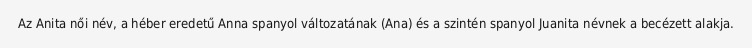
Az Anita női név, a héber eredetű Anna spanyol változatának (Ana) és a szintén spanyol Juanita névnek a becézett alakja.